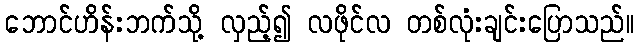
ဘောင်ဟိန်းဘက်သို့ လှည့်၍ လဖိုင်လ တစ်လုံးချင်းပြောသည်။